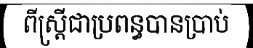
ពីស្ត្រីជាប្រពន្ធបានប្រាប់